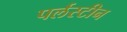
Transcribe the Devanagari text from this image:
पर्लस्टीन